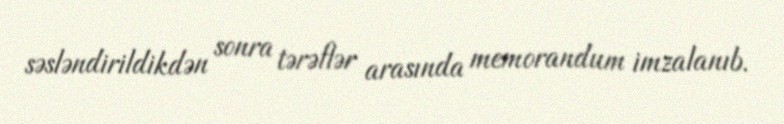
səsləndirildikdən sonra tərəflər arasında memorandum imzalanıb.